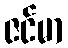
ဇင်မာ